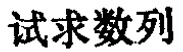
试求数列